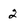
Character: 2